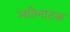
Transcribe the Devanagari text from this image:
अतिनाटक